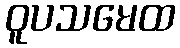
ဝူပသမေထ